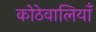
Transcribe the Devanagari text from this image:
कोठेवालियाँ